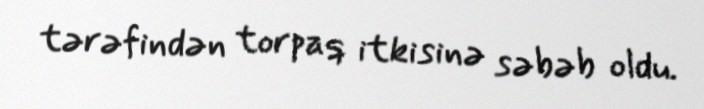
tərəfindən torpaq itkisinə səbəb oldu.